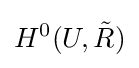
H^{0}(U,{\tilde {R}})